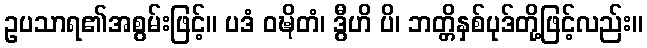
ဥပသာရ၏အစွမ်းဖြင့်။ ပဒံ ဝဍ္ဎိတံ၊ ဒွီဟိ ပိ၊ ဘတ္တိနှစ်ပုဒ်တို့ဖြင့်လည်း။